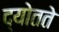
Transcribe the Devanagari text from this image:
द्योतते